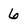
Character: 6